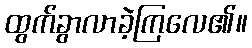
ထွက်ခွာလာခဲ့ကြလေ၏။